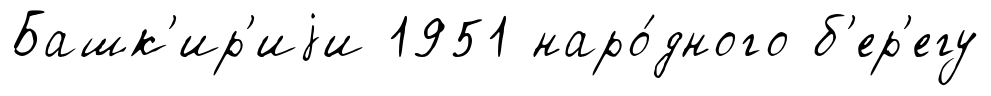
Башк'ир'иjи 1951 наро́дного б'ер'егу